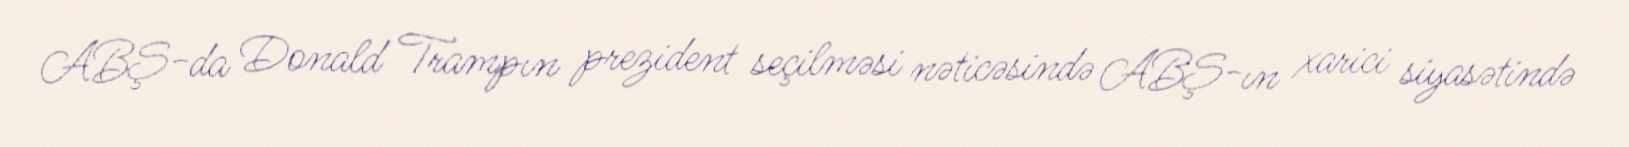
ABŞ-da Donald Trampın prezident seçilməsi nəticəsində ABŞ-ın xarici siyasətində